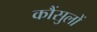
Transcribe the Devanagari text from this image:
कौंसुलों